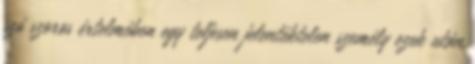
szó szoros értelmében egy teljesen jelentéktelen személy ezek után